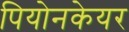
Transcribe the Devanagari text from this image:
पियोनकेयर